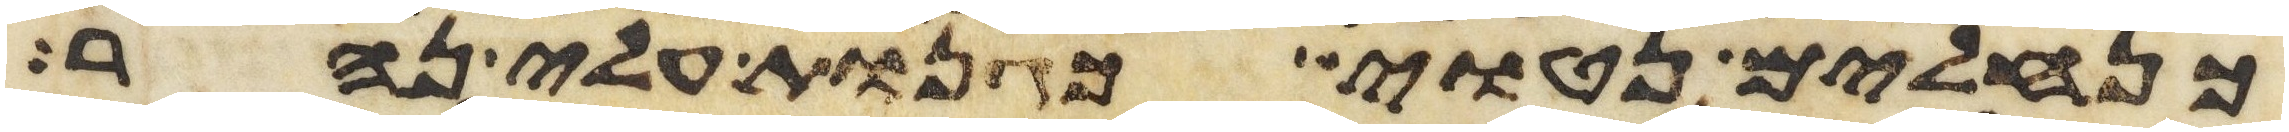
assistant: כנחלים נטוי כגנות עלי נהר